Report on vaccination in Madras 1877-1894 - 1877-1894
Year: 1877
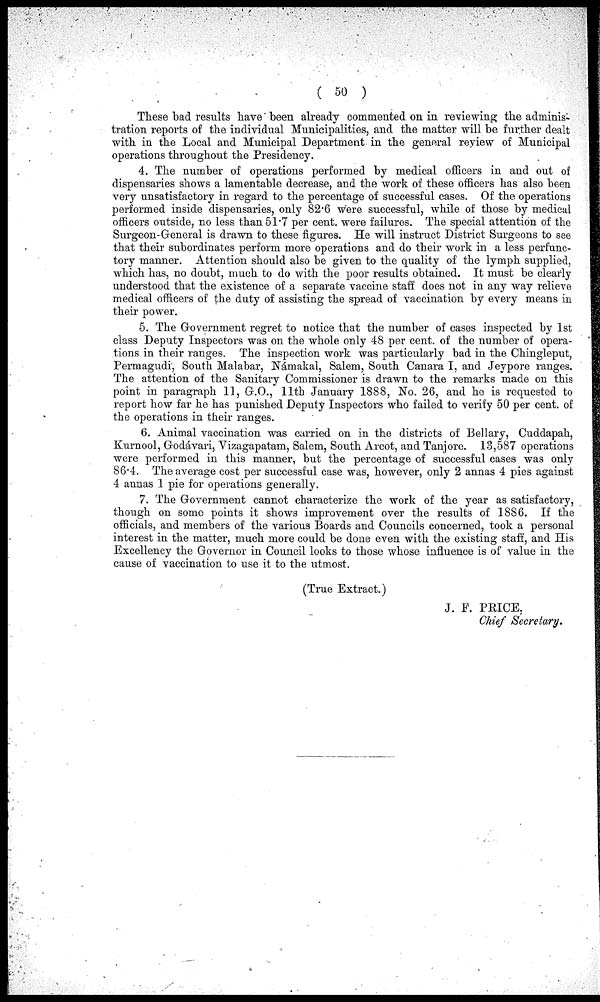
( 50 )
These bad results have been already commented on in reviewing the adminis-
tration reports of the individual Municipalities, and the matter will be further dealt
with in the Local and Municipal Department in the general review of Municipal
operations throughout the Presidency.
4. The number of operations performed by medical officers in and out of
dispensaries shows a lamentable decrease, and the work of these officers has also been
very unsatisfactory in regard to the percentage of successful cases. Of the operations
performed inside dispensaries, only 82.6 were successful, while of those by medical
officers outside, no less than 51.7 per cent. were failures. The special attention of the
Surgeon-General is drawn to these figures. He will instruct District Surgeons to see
that their subordinates perform more operations and do their work in a less perfunc-
tory manner. Attention should also be given to the quality of the lymph supplied,
which has, no doubt, much to do with the poor results obtained. It must be clearly
understood that the existence of a separate vaccine staff does not in any way relieve
medical officers of the duty of assisting the spread of vaccination by every means in
their power.
5. The Government regret to notice that the number of cases inspected by 1st
class Deputy Inspectors was on the whole only 48 per cent. of the number of opera-
tions in their ranges. The inspection work was particularly bad in the Chingleput,
Permagudi, South Malabar, Námakal, Salem, South Canara I, and Jeypore ranges.
The attention of the Sanitary Commissioner is drawn to the remarks made on this
point in paragraph 11, G.O., 11th January 1888, No. 26, and he is requested to
report how far he has punished Deputy Inspectors who failed to verify 50 per cent. of
the operations in their ranges.
6. Animal vaccination was carried on in the districts of Bellary, Cuddapah,
Kurnool, Godávari, Vizagapatam, Salem, South Arcot, and Tanjore. 13,587 operations
were performed in this manner, but the percentage of successful cases was only
86.4. The average cost per successful case was, however, only 2 annas 4 pies against
4 annas 1 pie for operations generally.
7. The Government cannot characterize the work of the year as satisfactory,
though on some points it shows improvement over the results of 1886. If the
officials, and members of the various Boards and Councils concerned, took a personal
interest in the matter, much more could be done even with the existing staff, and His
Excellency the Governor in Council looks to those whose influence is of value in the
cause of vaccination to use it to the utmost.
(True Extract.)
J. F. PRICE,
Chief Secretary.